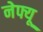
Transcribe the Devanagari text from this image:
नेफ्यू